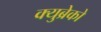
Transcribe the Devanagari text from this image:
क्युब्रेको